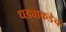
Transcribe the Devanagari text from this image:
धड्याकडेच